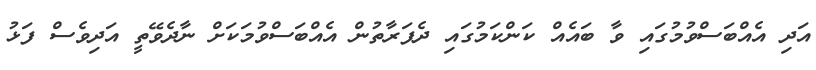
އަދި އެއްބަސްވުމުގައި ވާ ބައެއް ކަންކަމުގައި ދެފަރާތުން އެއްބަސްވުމަކަށް ނާދެވޭތީ އަދިވެސް ފަޅު